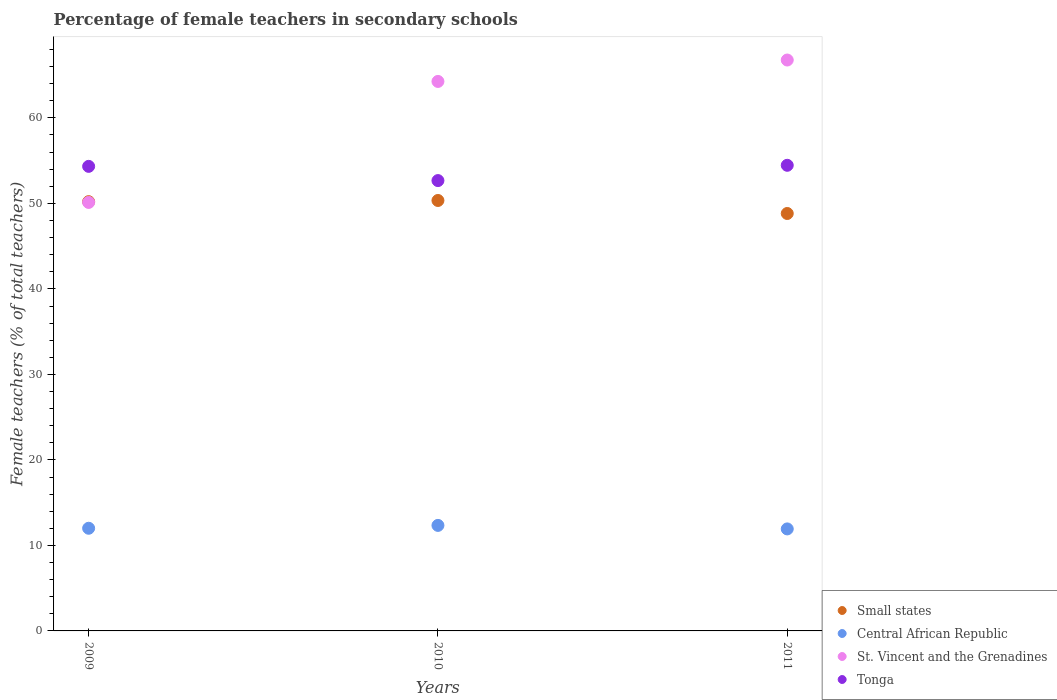
| Years | Small states | Central African Republic | St. Vincent and the Grenadines | Tonga |
 | --- | --- | --- | --- | --- |
 | 2009 | 50.2 | 12 | 50.1 | 54.3 |
 | 2010 | 50.3 | 12.3 | 64.3 | 52.7 |
 | 2011 | 48.8 | 11.9 | 66.8 | 54.5 |